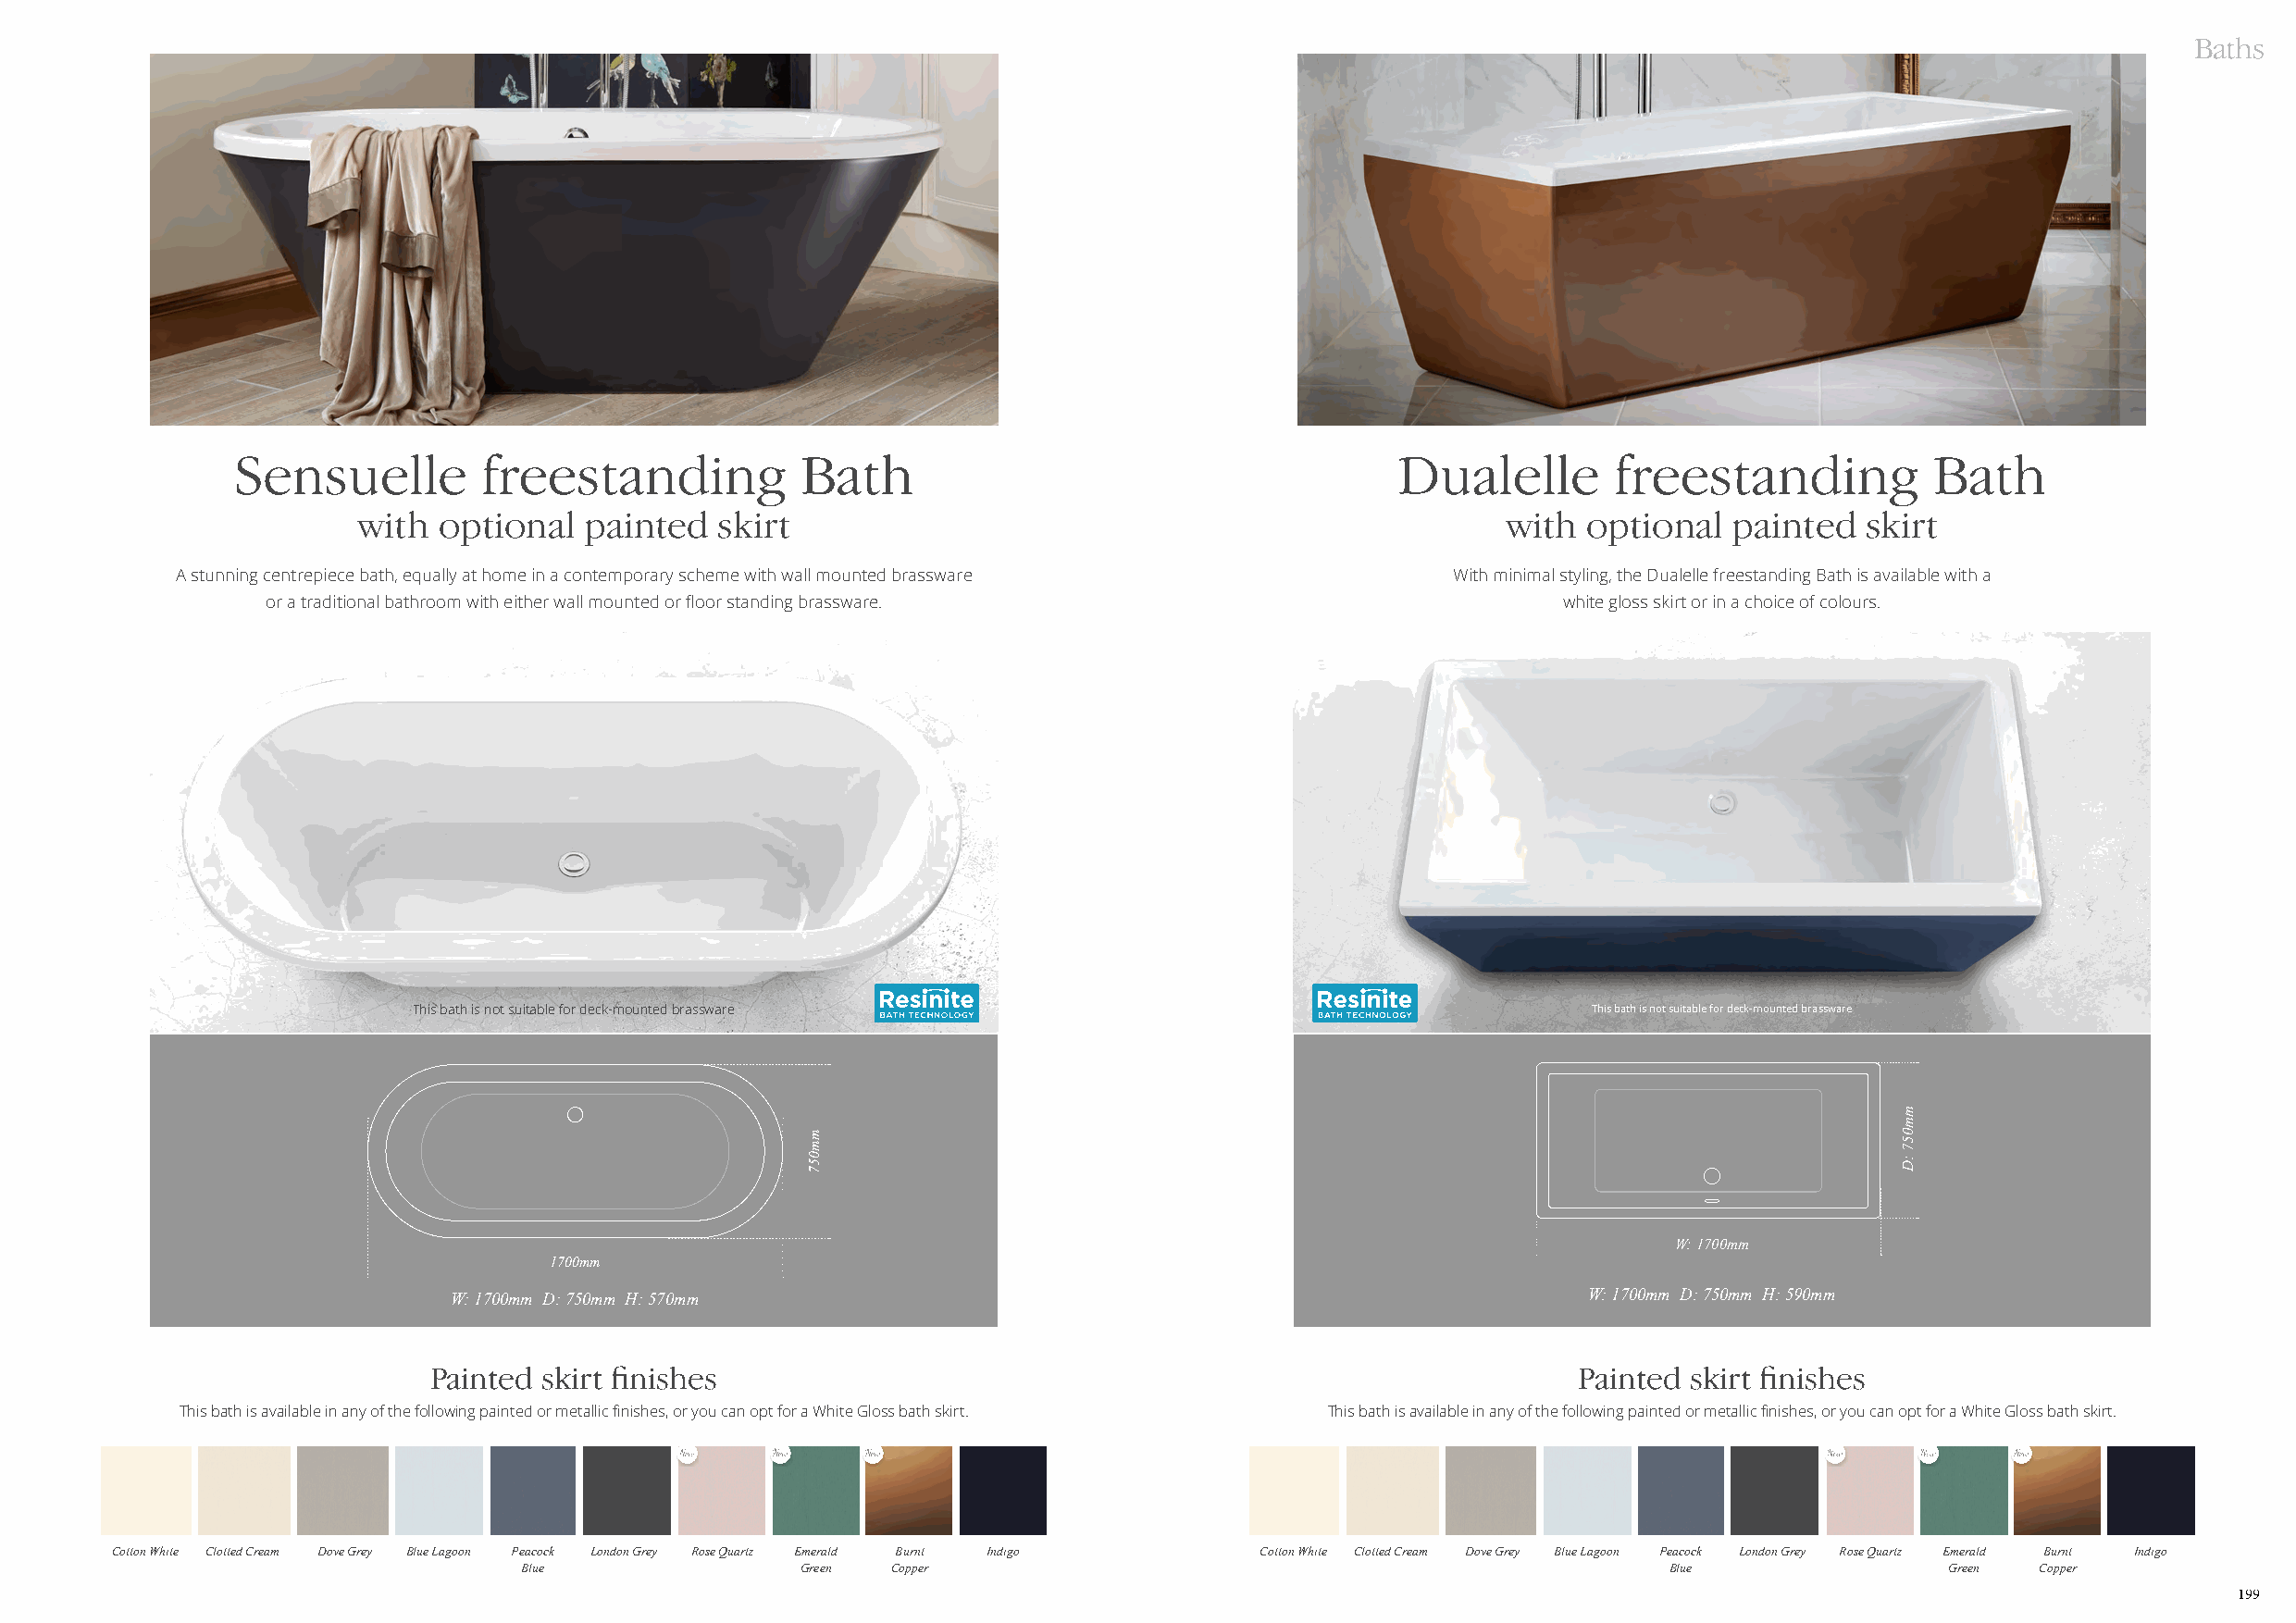
Baths
 Sensuelle        freestanding           Bath                                       Dualelle       freestanding           Bath
 with optional   painted  skirt                                                    with optional   painted  skirt
 A stunning centrepiece bath, equally at home in a contemporary scheme with wall mounted brassware With minimal styling, the Dualelle freestanding Bath is available with a
 or a traditional bathroom with either wall mounted or floor standing brassware.              white gloss skirt or in a choice of colours.
 This bath is not suitable for deck-mounted brassware                                This bath is not suitable for deck-mounted brassware
 W: 1700mm
 1700mm
 W: 1700mm D: 750mm H: 570mm                                                       W: 1700mm D: 750mm H: 590mm
 Painted skirt finishes                                                            Painted skirt finishes
 This bath is available in any of the following painted or metallic finishes, or you can opt for a White Gloss bath skirt. This bath is available in any of the following painted or metallic finishes, or you can opt for a White Gloss bath skirt.
 Cotton White Clotted Cream Dove Grey Blue Lagoon Peacock London Grey Rose Quartz Emerald Burnt Indigo Cotton White Clotted Cream Dove Grey Blue Lagoon Peacock London Grey Rose Quartz Emerald Burnt Indigo
 Blue                Green  Copper                                                 Blue                Green  Copper
 199
 mm057
 mm057
 :D